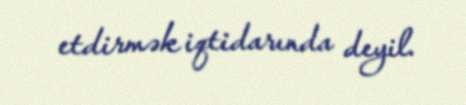
etdirmək iqtidarında deyil.